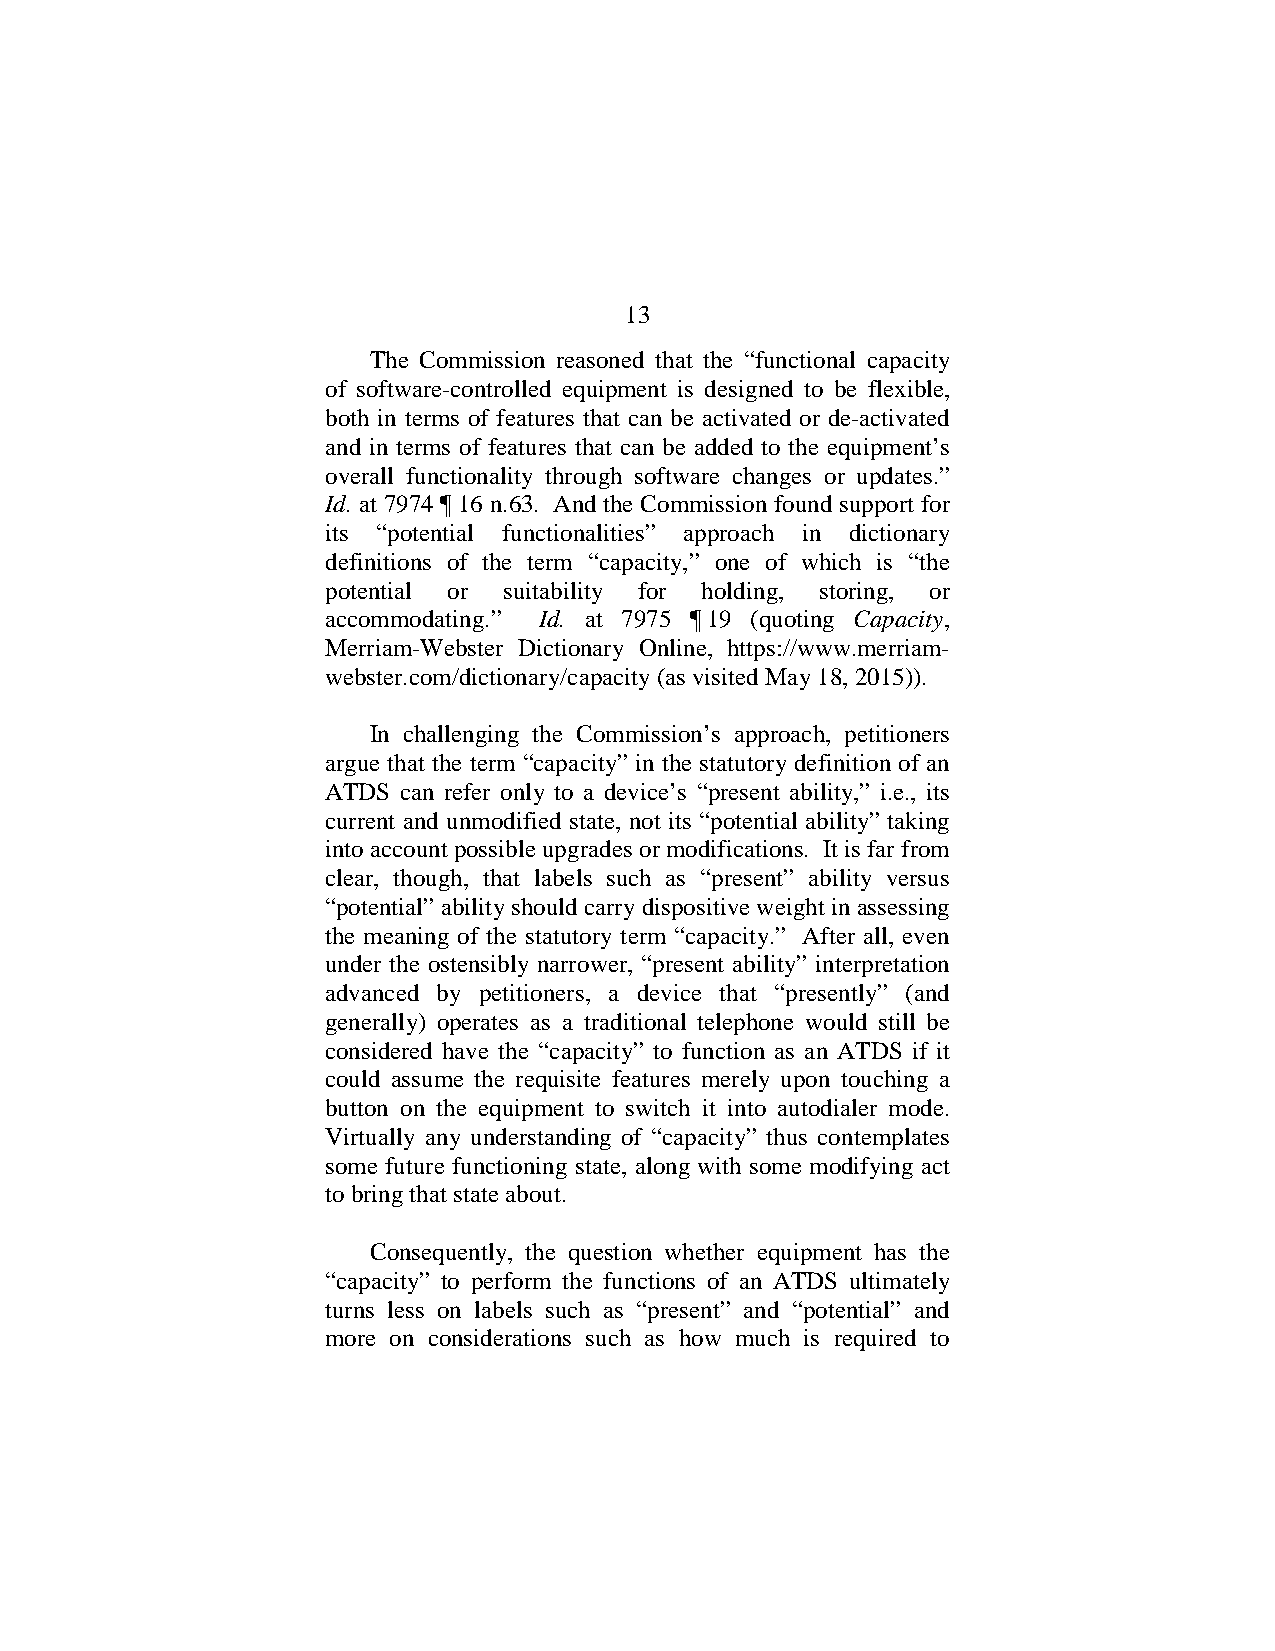
13
 The Commission reasoned that the “functional capacity
 of software-controlled equipment is designed to be flexible,
 both in terms of features that can be activated or de-activated
 and in terms of features that can be added to the equipment’s
 overall functionality through software changes or updates.”
 Id. at 7974 ¶ 16 n.63. And the Commission found support for
 its “potential functionalities” approach in dictionary
 definitions of the term “capacity,” one of which is “the
 potential or suitability for holding, storing, or
 accommodating.” Id. at 7975 ¶ 19 (quoting Capacity,
 Merriam-Webster Dictionary Online, https://www.merriam-
 webster.com/dictionary/capacity (as visited May 18, 2015)).
 In challenging the Commission’s approach, petitioners
 argue that the term “capacity” in the statutory definition of an
 ATDS can refer only to a device’s “present ability,” i.e., its
 current and unmodified state, not its “potential ability” taking
 into account possible upgrades or modifications. It is far from
 clear, though, that labels such as “present” ability versus
 “potential” ability should carry dispositive weight in assessing
 the meaning of the statutory term “capacity.” After all, even
 under the ostensibly narrower, “present ability” interpretation
 advanced by petitioners, a device that “presently” (and
 generally) operates as a traditional telephone would still be
 considered have the “capacity” to function as an ATDS if it
 could assume the requisite features merely upon touching a
 button on the equipment to switch it into autodialer mode.
 Virtually any understanding of “capacity” thus contemplates
 some future functioning state, along with some modifying act
 to bring that state about.
 Consequently, the question whether equipment has the
 “capacity” to perform the functions of an ATDS ultimately
 turns less on labels such as “present” and “potential” and
 more on considerations such as how much is required to